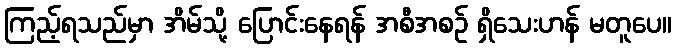
ကြည့်ရသည်မှာ အိမ်သို့ ပြောင်းနေရန် အစီအစဉ် ရှိသေးဟန် မတူပေ။